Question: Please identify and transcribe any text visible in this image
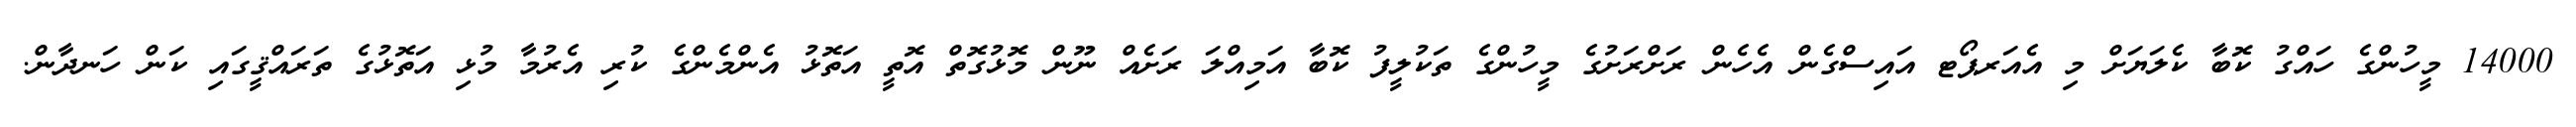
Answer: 14000 މީހުންގެ ހައްގު ކޮބާ ކެލަޔަށް މި އެއަރޕޯޓ އައިސްގެން އެހެން ރަށްރަށުގެ މީހުންގެ ތަކުލީފު ކޮބާ އަމިއްލަ ރަށެއް ނޫން މޮޅުގޮތް އޮތީ އަތޮޅު އެންމެންގެ ކުރި އެރުމާ މުޅި އަތޮޅުގެ ތަރައްޤީގައި ކަން ހަނދާން.